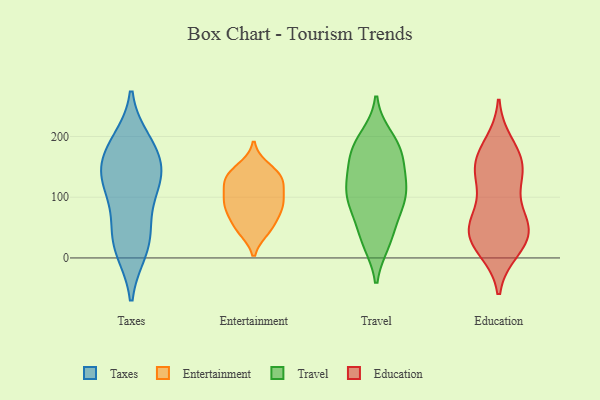
{"axis": {"x": "Market Share (%)", "y": "Value"}, "legend": ["Education", "Entertainment", "Taxes", "Travel"], "data": [{"x": "", "y": 168, "type": "Taxes"}, {"x": "", "y": 127, "type": "Taxes"}, {"x": "", "y": 127, "type": "Taxes"}, {"x": "", "y": 160, "type": "Taxes"}, {"x": "", "y": 13, "type": "Taxes"}, {"x": "", "y": 46, "type": "Taxes"}, {"x": "", "y": 186, "type": "Taxes"}, {"x": "", "y": 14, "type": "Taxes"}, {"x": "", "y": 128, "type": "Taxes"}, {"x": "", "y": 49, "type": "Taxes"}, {"x": "", "y": 111, "type": "Taxes"}, {"x": "", "y": 191, "type": "Taxes"}, {"x": "", "y": 48, "type": "Entertainment"}, {"x": "", "y": 88, "type": "Entertainment"}, {"x": "", "y": 149, "type": "Entertainment"}, {"x": "", "y": 142, "type": "Entertainment"}, {"x": "", "y": 127, "type": "Entertainment"}, {"x": "", "y": 132, "type": "Entertainment"}, {"x": "", "y": 127, "type": "Entertainment"}, {"x": "", "y": 105, "type": "Entertainment"}, {"x": "", "y": 124, "type": "Entertainment"}, {"x": "", "y": 73, "type": "Entertainment"}, {"x": "", "y": 85, "type": "Entertainment"}, {"x": "", "y": 87, "type": "Entertainment"}, {"x": "", "y": 92, "type": "Entertainment"}, {"x": "", "y": 51, "type": "Entertainment"}, {"x": "", "y": 46, "type": "Entertainment"}, {"x": "", "y": 131, "type": "Travel"}, {"x": "", "y": 102, "type": "Travel"}, {"x": "", "y": 140, "type": "Travel"}, {"x": "", "y": 186, "type": "Travel"}, {"x": "", "y": 88, "type": "Travel"}, {"x": "", "y": 109, "type": "Travel"}, {"x": "", "y": 122, "type": "Travel"}, {"x": "", "y": 91, "type": "Travel"}, {"x": "", "y": 173, "type": "Travel"}, {"x": "", "y": 27, "type": "Travel"}, {"x": "", "y": 82, "type": "Travel"}, {"x": "", "y": 170, "type": "Travel"}, {"x": "", "y": 198, "type": "Travel"}, {"x": "", "y": 179, "type": "Travel"}, {"x": "", "y": 40, "type": "Travel"}, {"x": "", "y": 28, "type": "Travel"}, {"x": "", "y": 188, "type": "Education"}, {"x": "", "y": 13, "type": "Education"}, {"x": "", "y": 52, "type": "Education"}, {"x": "", "y": 146, "type": "Education"}, {"x": "", "y": 13, "type": "Education"}, {"x": "", "y": 69, "type": "Education"}, {"x": "", "y": 160, "type": "Education"}, {"x": "", "y": 133, "type": "Education"}, {"x": "", "y": 31, "type": "Education"}, {"x": "", "y": 54, "type": "Education"}, {"x": "", "y": 137, "type": "Education"}, {"x": "", "y": 152, "type": "Education"}, {"x": "", "y": 42, "type": "Education"}, {"x": "", "y": 100, "type": "Education"}, {"x": "", "y": 49, "type": "Education"}, {"x": "", "y": 37, "type": "Education"}, {"x": "", "y": 176, "type": "Education"}]}